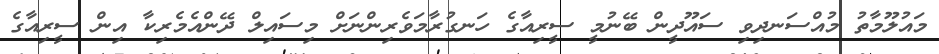
މައުލޫމާތު މުއްސަނދިވި ސައޫދީން ބޭނުމީ ސީރިއާގެ ހަނގުރާމަވެރިންނަށް މިސައިލް ދޭންއެމެރިކާ އިން ސީރިއާގެ